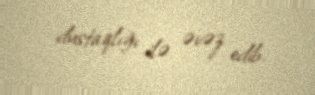
dustaqlığı ilə əvəz edib.